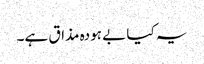
یہ کیا بے ہودہ مذاق ہے۔